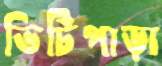
ভিটিপাড়া